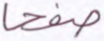
صفحا